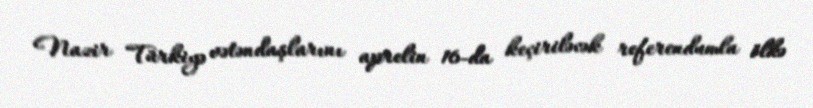
Nazir Türkiyə vətəndaşlarını aprelin 16-da keçiriləcək referendumla ölkə